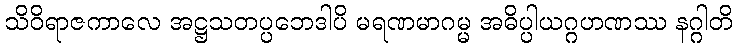
သိဝိရာဇကာလေ အဋ္ဌသတပ္ပဘေဒါပိ မရဏမာဂမ္မ အဓိပ္ပါယဂ္ဂဟဏဿ နဂ္ဂါတိ